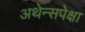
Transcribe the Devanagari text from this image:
अथेन्सपेक्षा